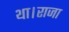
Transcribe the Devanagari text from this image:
था।राजा